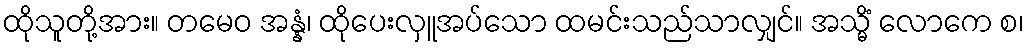
ထိုသူတို့အား။ တမေဝ အန္နံ၊ ထိုပေးလှူအပ်သော ထမင်းသည်သာလျှင်။ အသ္မိံ လောကေ စ၊